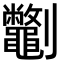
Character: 𫦣